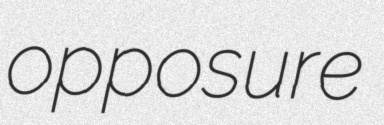
opposure